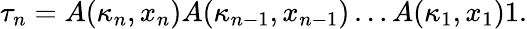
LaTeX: \tau_{n}=A(\kappa_{n},x_{n})A(\kappa_{n-1},x_{n-1})\dots A(\kappa_{1},x_{1})1.